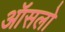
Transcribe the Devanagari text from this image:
ऑसलो